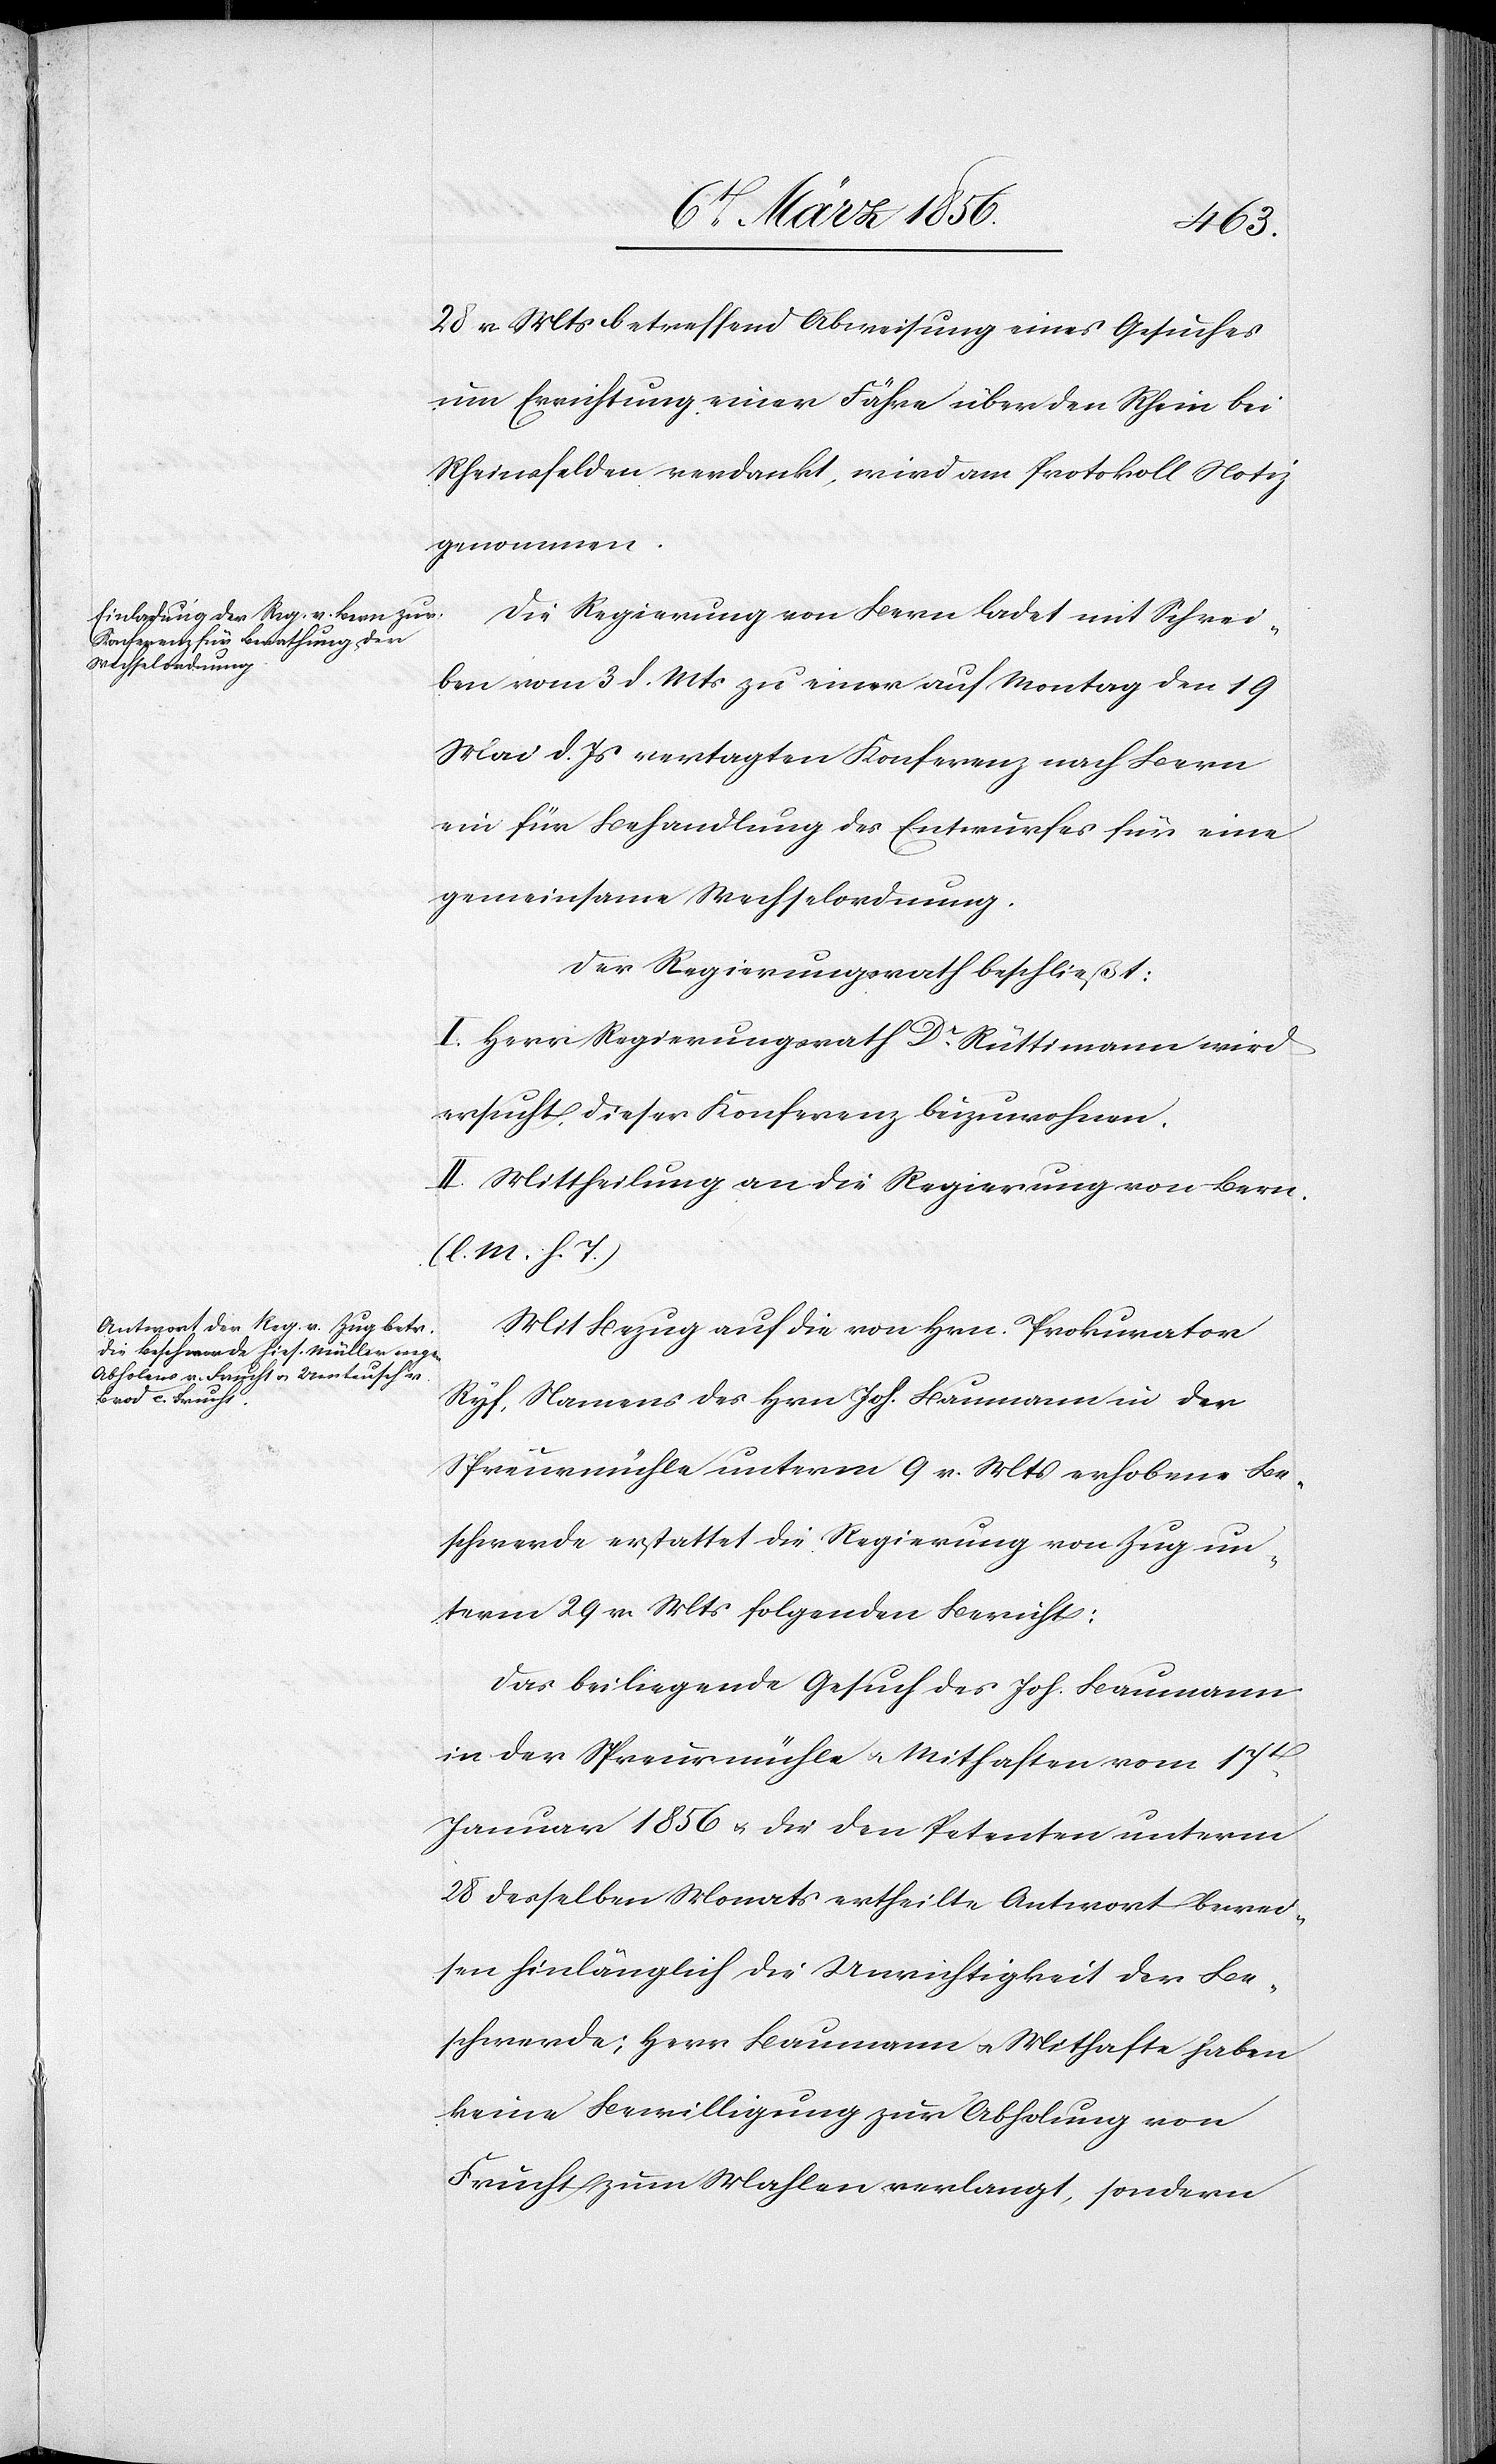
28 v. Mts betreffend Abweisung eines Gesuches
um Errichtung einer Fähre über den Rhein bei
Rheinsfelden verdankt, wird am Protokoll Notiz
genommen.
Die Regierung von Bern ladet mit Schrei¬
ben vom 3 d. Mts zu einer auf Montag den 19
Mai d. Js vertagten Konferenz nach Bern
ein für Behandlung des Entwurfes für eine
gemeinsame Wechselordnung.
Der Regierungsrath beschließt:
I. Herr Regierungsrath Dr Rüttimann wird
ersucht, dieser Konferenz beizuwohnen.
II. Mittheilung an die Regierung von Bern.
(l. M. h. T.)
Mit Bezug auf die von Hrn. Prokurator
Ryf, Namens des Hrn Joh. Baumann in der
Spreurmühle unterm 9 v. Mts erhobene Be¬
schwerde erstattet die Regierung von Zug un¬
term 29 v. Mts folgenden Bericht:
Das beiliegende Gesuch des Joh. Baumann
in der Spreurmühle u. Mithaften vom 17t
Januar 1856 u. die den Petenten unterm
28 desselben Monats ertheilte Antwort bewei¬
sen hinlänglich die Unrichtigkeit der Be¬
schwerde; Herr Baumann u. Mithafte haben
keine Bewilligung zur Abholung von
Frucht zum Mahlen verlangt, sondern